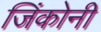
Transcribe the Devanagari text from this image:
जिंकोनी